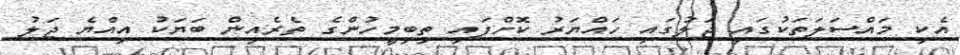
އެކި މައްސަލަތަކުގައި ޖަލުގައި ހައްޔަރު ކޮށްފައި ތިބިމީހުންގެ ތެރެއިން ބަޔަކު އިއްޔެ ޖަލު